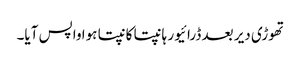
تھوڑی دیر بعد ڈرائیور ہانپتا کانپتا ہوا واپس آیا۔